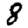
Digit: 8